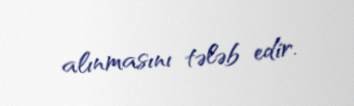
alınmasını tələb edir.